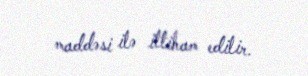
maddəsi ilə ittiham edilir.